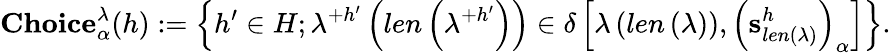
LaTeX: \mathbf{Choice}_{\alpha}^{\lambda}(h):=\left\{ h^{\prime}\in H;\lambda^{+h^{\prime}}\left(len\left(\lambda^{+h^{\prime}}\right)\right)\in\delta\left[\lambda\left(len\left(\lambda\right)\right),\left(\mathbf{s}_{len\left(\lambda\right)}^{h}\right)_{\alpha}\right]\right\} .